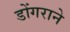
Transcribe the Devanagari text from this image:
डोंगराने